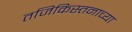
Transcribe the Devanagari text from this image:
तजिकिस्तनाच्या